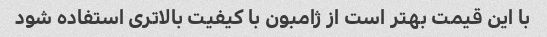
با این قیمت بهتر است از ژامبون با کیفیت بالاتری استفاده شود